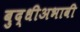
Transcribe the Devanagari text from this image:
बुद्धीअभावी